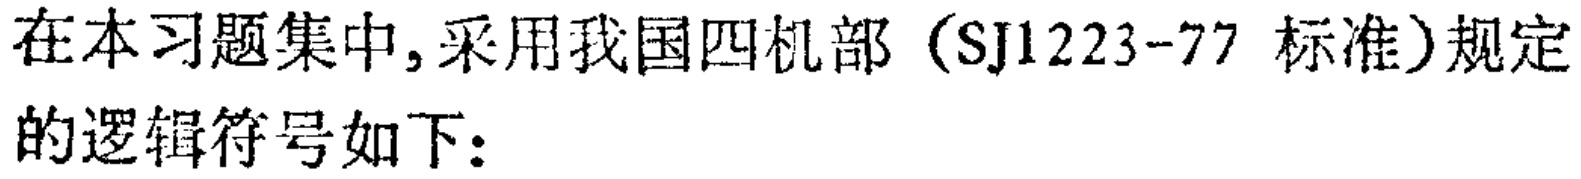
在本习题集中,采用我国四机部（SJ1223-77 标准）规定的逻辑符号如下：